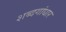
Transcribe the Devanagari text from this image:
शब्दगांधार